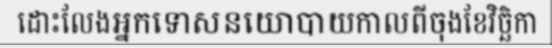
ដោះលែងអ្នកទោសនយោបាយកាលពីចុងខែវិច្ឆិកា